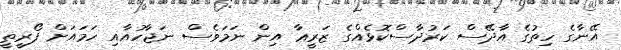
އޭނާގެ ހިތުގެ އާދޭސް ކަރުދާސްކޮޅެއްގެ ޒަރީޢާ އިން ނަމަވެސް ނަޖާހުއާއި ހަމައަށް ފޯރީތީ